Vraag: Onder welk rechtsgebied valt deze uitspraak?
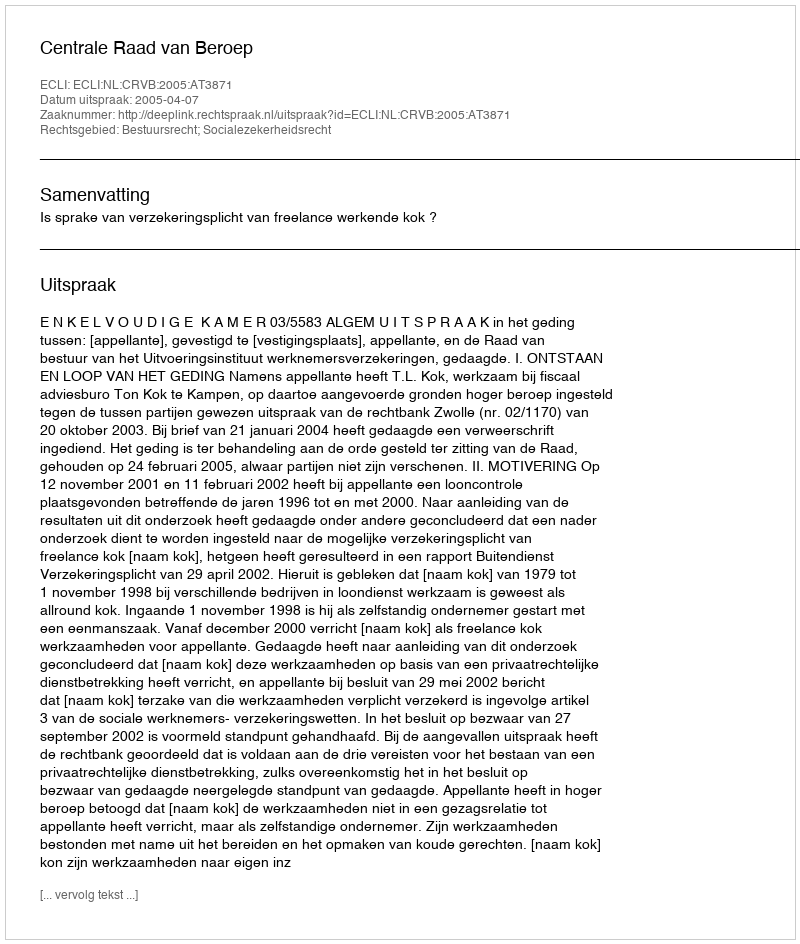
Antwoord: Bestuursrecht; Socialezekerheidsrecht